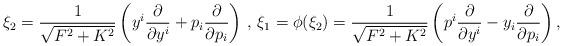
LaTeX: \begin{align*}\xi_{2}=\frac{1}{\sqrt{F^2+K^2}}\left(y^i\frac{\partial}{\partial y^i}+p_i\frac{\partial}{\partial p_i}\right)\,,\,\xi_1=\phi(\xi_2)=\frac{1}{\sqrt{F^2+K^2}}\left(p^i\frac{\partial}{\partial y^i}-y_i\frac{\partial}{\partial p_i}\right),\end{align*}